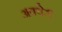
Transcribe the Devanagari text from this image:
अक्वेरी